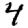
Digit: 4